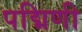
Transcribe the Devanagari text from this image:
पद्मिणी